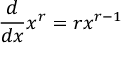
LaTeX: { \frac { d } { d x } } x ^ { r } = r x ^ { r - 1 }